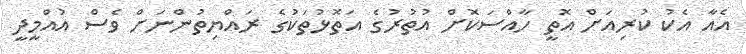
އެއާ އެކު ކުރިއަށް އޮތީ ހާއްސަކޮށް އުތުރުގެ އަތޮޅުތަކުގެ ރައްޔިތުންނަށް ވެސް އުއްމީދީ